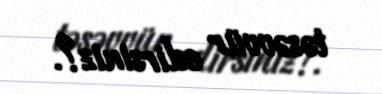
təsəvvür edirsiniz?.